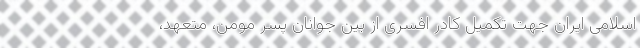
اسلامی ایران جهت تکمیل کادر افسری از بین جوانان پسر مومن، متعهد،